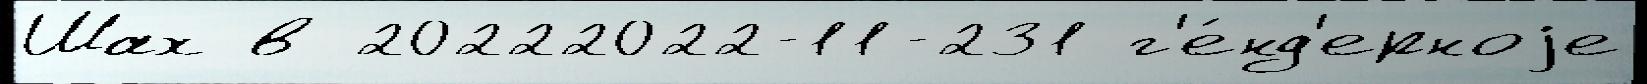
Шах в 20222022-11-231 г'е́нд'ерноjе